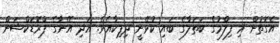
އެގޮތުން މި ފިލްމުގެ ބަތަލާގެ ބައި ކުޅޭނީ ދިޕިކާއެވެ. އަދި އޭނާގެ ޕްރޮޑަކްޝަން